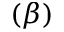
( \beta )